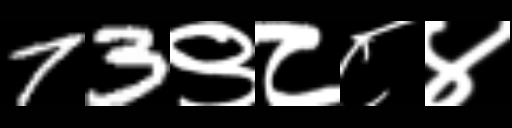
Text: 73९८८४